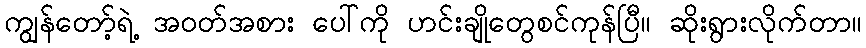
ကျွန်တော့်ရဲ့ အဝတ်အစား ပေါ်ကို ဟင်းချိုတွေစင်ကုန်ပြီ။ ဆိုးရွားလိုက်တာ။